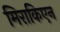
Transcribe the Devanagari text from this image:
मिराकिएन